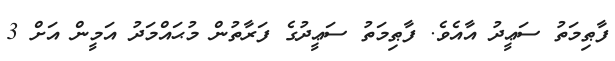
ފާޠިމަތު ސަޢީދު އާއެވެ. ފާޠިމަތު ސަޢީދުގެ ފަރާތުން މުޙައްމަދު އަމީން އަށް 3